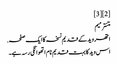
[2][3]
متنترمیم
اتھر وید کے قدیم نسخہ کا ایک صفحہ.
اس وید کا بہت قدیم نام اتھوانگی رسہ ہے۔